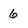
Character: 6